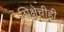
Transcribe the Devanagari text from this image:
शिक्षेचीही